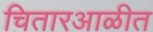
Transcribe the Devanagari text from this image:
चितारआळीत